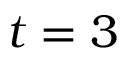
t = 3